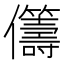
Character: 𠑥